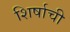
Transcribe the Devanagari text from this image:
शिर्षाची